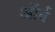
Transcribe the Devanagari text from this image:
ऑर्ब